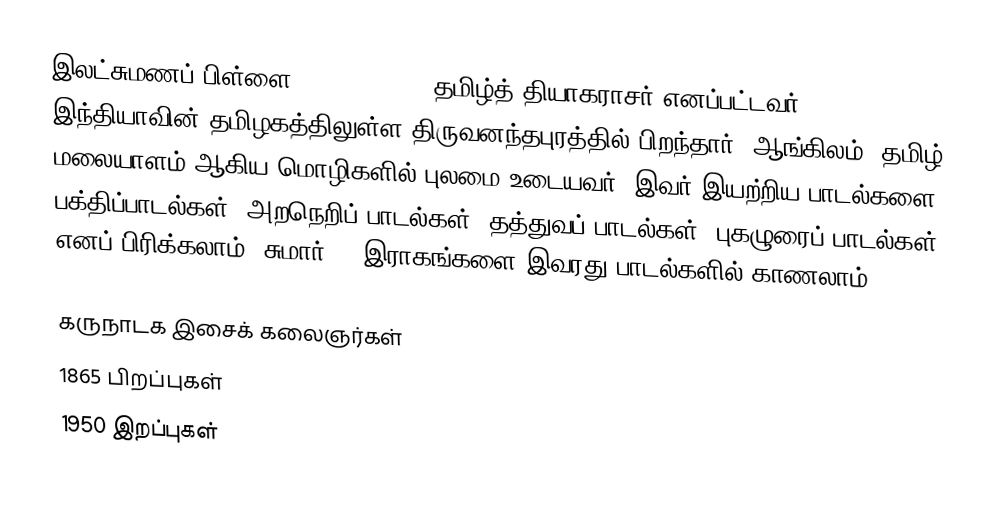
இலட்சுமணப் பிள்ளை (1865 - 1950) தமிழ்த் தியாகராசர் எனப்பட்டவர். இந்தியாவின் தமிழகத்திலுள்ள திருவனந்தபுரத்தில் பிறந்தார். ஆங்கிலம், தமிழ், மலையாளம் ஆகிய மொழிகளில் புலமை உடையவர். இவர் இயற்றிய பாடல்களை பக்திப்பாடல்கள், அறநெறிப் பாடல்கள், தத்துவப் பாடல்கள், புகழுரைப் பாடல்கள் எனப் பிரிக்கலாம். சுமார் 80 இராகங்களை இவரது பாடல்களில் காணலாம்.

கருநாடக இசைக் கலைஞர்கள்
1865 பிறப்புகள்
1950 இறப்புகள்